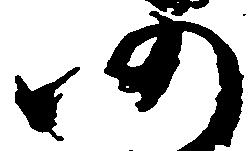
仍